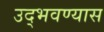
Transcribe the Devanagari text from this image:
उद्भवण्यास